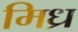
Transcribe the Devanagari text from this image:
मिध्र